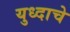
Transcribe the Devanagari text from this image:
युध्दाचे